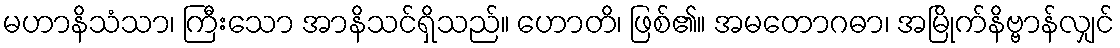
မဟာနိသံသာ၊ ကြီးသော အာနိသင်ရှိသည်။ ဟောတိ၊ ဖြစ်၏။ အမတောဂဓာ၊ အမြိုက်နိဗ္ဗာန်လျှင်